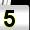
Digit: 5